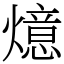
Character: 燱